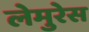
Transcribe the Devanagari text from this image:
लेमुरेस